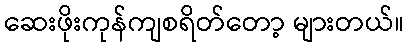
ဆေးဖိုးကုန်ကျစရိတ်တော့ များတယ်။